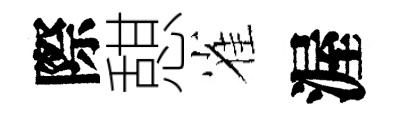
際憇雀渥